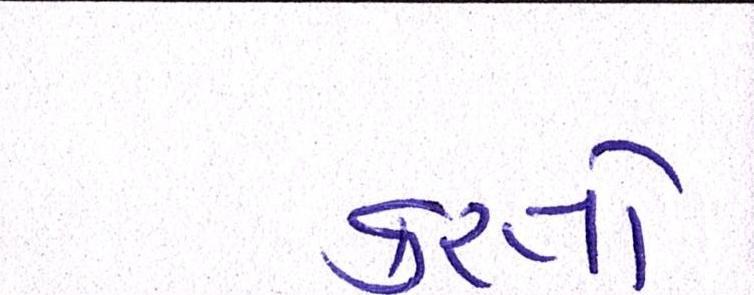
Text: કરતો